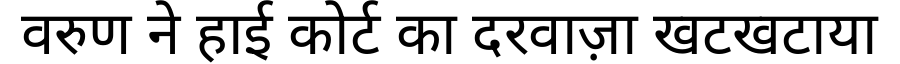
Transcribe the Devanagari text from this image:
वरुण ने हाई कोर्ट का दरवाज़ा खटखटाया